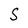
Character: S